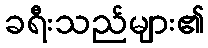
ခရီးသည်များ၏